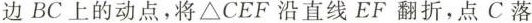
边BC上的动点，将△CEF沿直线EF翻折，点C落